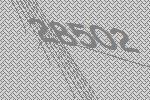
28502